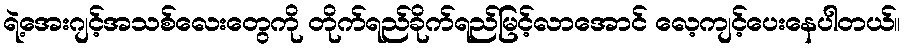
ရဲ့အေးဂျင့်အသစ်လေးတွေကို တိုက်ရည်ခိုက်ရည်မြင့်လာအောင် လေ့ကျင့်ပေးနေပါတယ်။